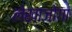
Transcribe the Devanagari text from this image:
लेखाजोगा